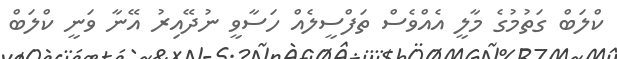
ކްލަބް ގަތުމުގެ މާލީ އެއްވެސް ތަފްސީލެއް ހަސާވީ ނުދޭއިރު އޭނާ ވަނީ ކްލަބް